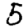
Digit: 5